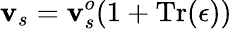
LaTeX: \mathbf{v}_{s}=\mathbf{v}_{s}^{o}(1+\mathrm{{Tr}}(\epsilon))